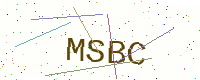
Text: MSBC